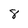
Character: 8